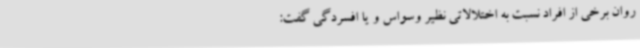
روان برخی از افراد نسبت به اختلالاتی نظیر وسواس و یا افسردگی گفت: